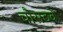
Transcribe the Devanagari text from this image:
चौसठवें